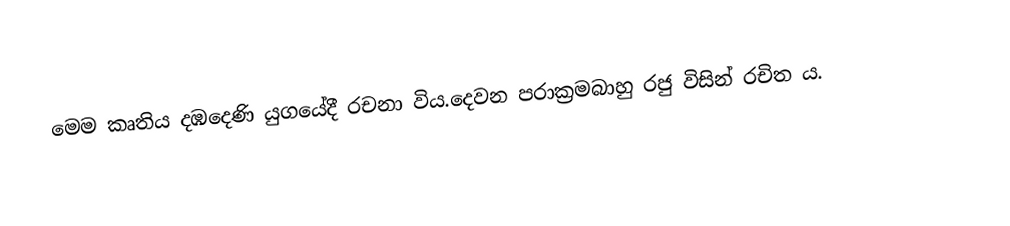
මෙම කෘතිය දඹදෙණි යුගයේදී රචනා විය.දෙවන පරාක්‍රමබාහු රජු විසින් රචිත ය.